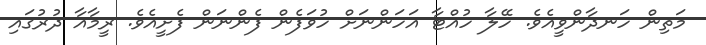
މަތިން ހަނދާންވީއެވެ. ހޭލާ ހުއްޓާ އަހަންނަށް ހުވަފެން ފެންނަން ފެށީއެވެ. ރީމާއާ ދުރުގައި